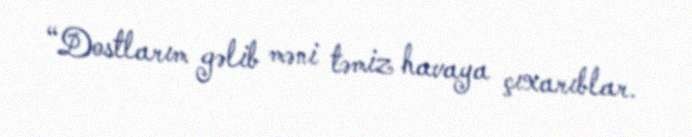
“Dostlarım gəlib məni təmiz havaya çıxarıblar.